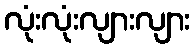
လုံးလုံးလျားလျား